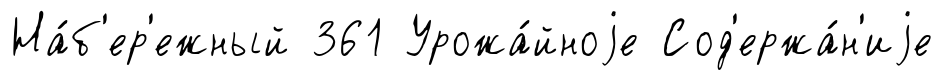
На́б'ер'ежный 361 Урожа́йноjе Сод'ержа́н'иjе